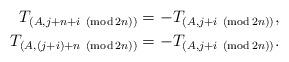
LaTeX: \begin{align*}T_{(A,j+n+i\ \left( \operatorname{mod}2n\right) )} & =-T_{(A,j+i\ \left(\operatorname{mod}2n\right) )},\\T_{(A,(j+i)+n\ \left( \operatorname{mod}2n\right) )} &=-T_{(A,j+i\ \left( \operatorname{mod}2n\right) )}. \end{align*}